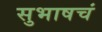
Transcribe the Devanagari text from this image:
सुभाषचं